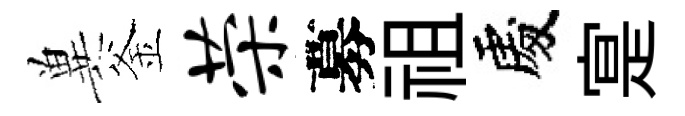
兾釜荣募祖處寔